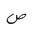
Letter: _sad